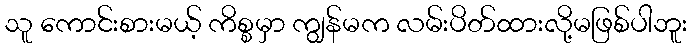
သူ ကောင်းစားမယ့် ကိစ္စမှာ ကျွန်မက လမ်းပိတ်ထားလို့မဖြစ်ပါဘူး